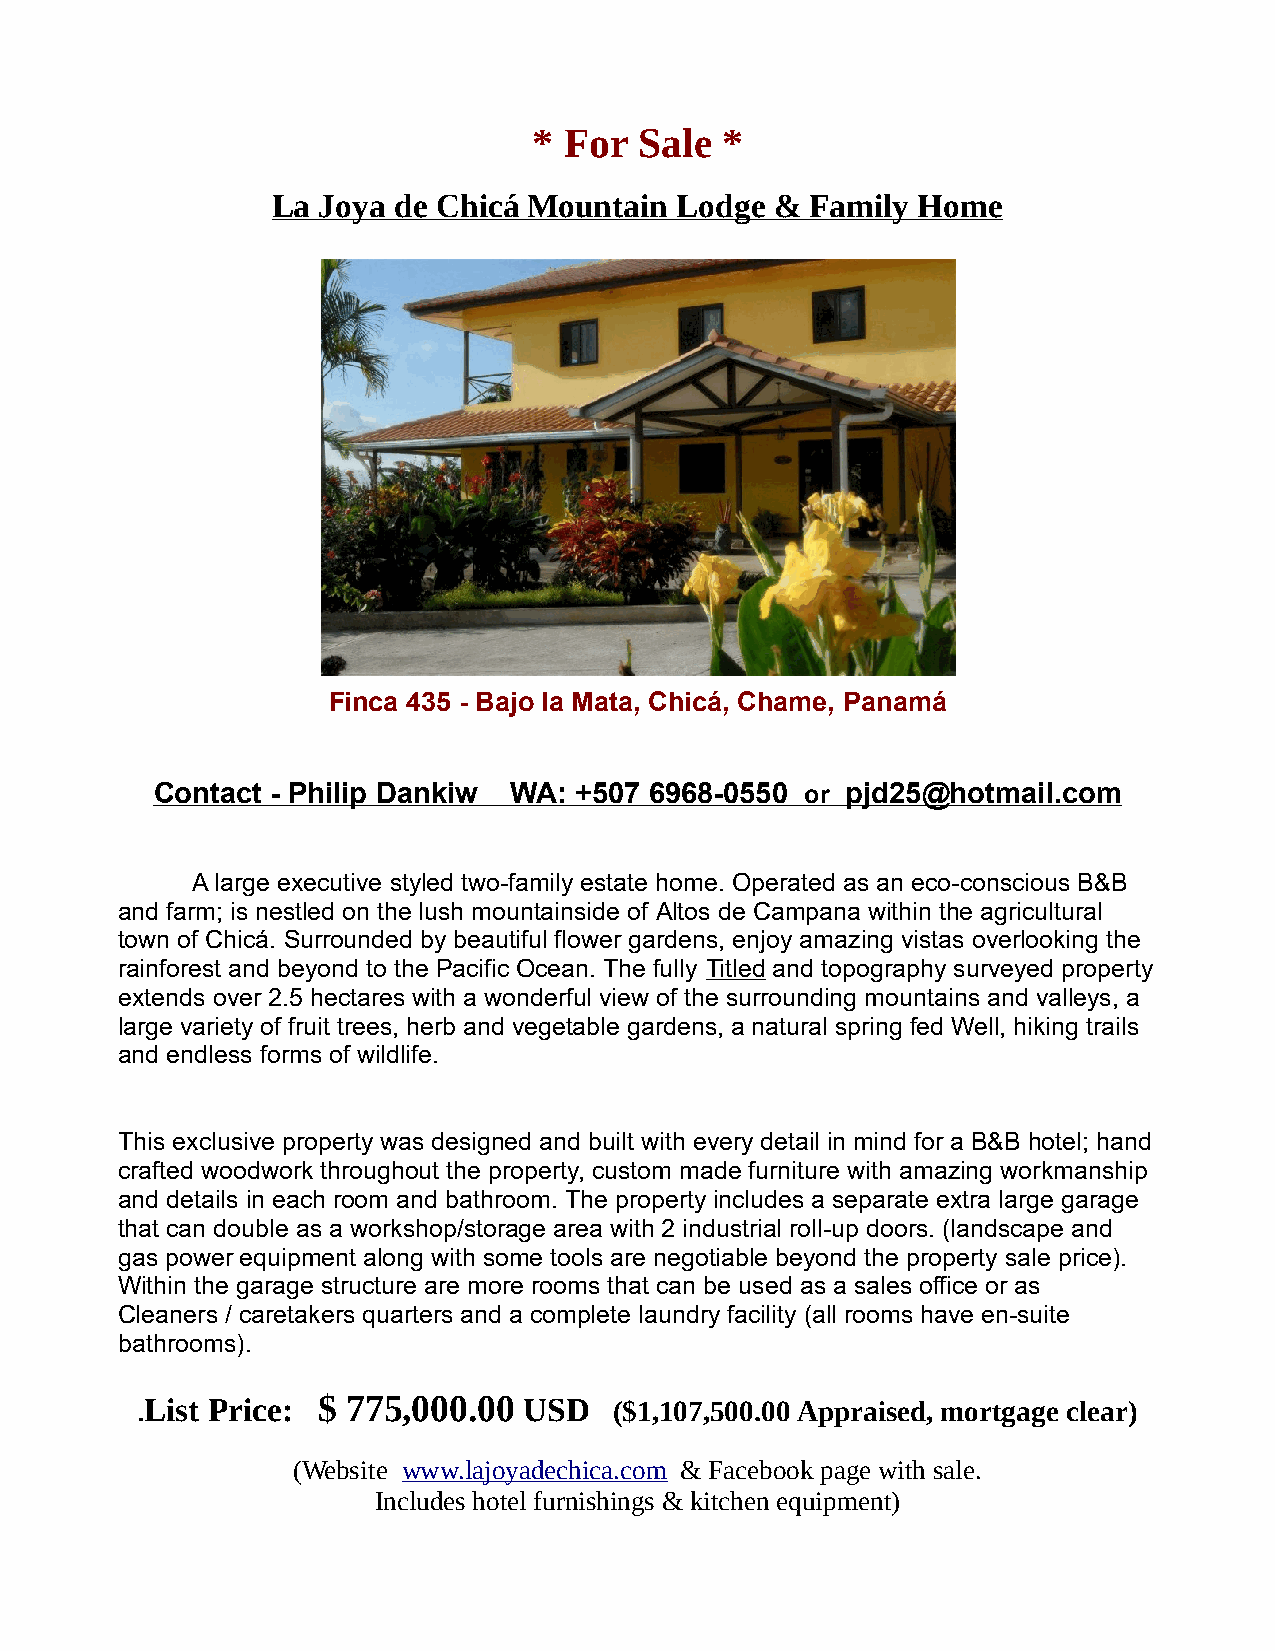
* For  Sale  *
 La Joya de Chic á Mountain Lodge &  Family Home
 Finca 435 - Bajo la Mata, Chicá, Chame, Panamá
 Contact - Philip Dankiw WA : +507 6968-0550 or pjd25 @hotmail.com
 A large executive styled two-family estate home. Operated as an eco-conscious B&B
 and farm; is nestled on the lush mountainside of Altos de Campana within the agricultural
 town of Chicá. Surrounded by beautiful flower gardens, enjoy amazing vistas overlooking the
 rainforest and beyond to the Pacific Ocean. The fully Titled and topography surveyed property
 extends over 2.5 hectares with a wonderful view of the surrounding mountains and valleys, a
 large variety of fruit trees, herb and vegetable gardens, a natural spring fed Well, hiking trails
 and endless forms of wildlife.
 This exclusive property was designed and built with every detail in mind for a B&B hotel; hand
 crafted woodwork throughout the property, custom made furniture with amazing workmanship
 and details in each room and bathroom. The property includes a separate extra large garage
 that can double as a workshop/storage area with 2 industrial roll-up doors. (landscape and
 gas power equipment along with some tools are negotiable beyond the property sale price).
 Within the garage structure are more rooms that can be used as a sales office or as
 Cleaners / caretakers quarters and a complete laundry facility (all rooms have en-suite
 bathrooms).
 .List Price: $ 775,000.00 USD   ($1,107,500.00 Appraised, mortgage clear)
 (Website www.lajoyadechica.com & Facebook page with sale.
 Includes hotel furnishings & kitchen equipment)